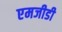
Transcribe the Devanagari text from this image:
एमजीडी